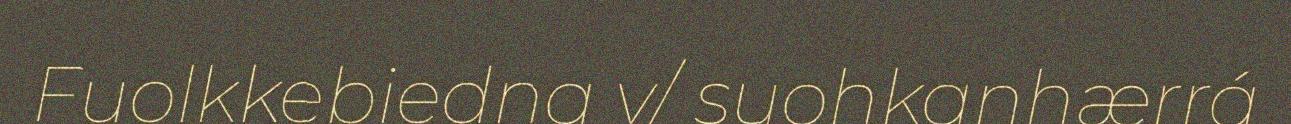
Fuolkkebiedna v/ suohkanhærrá